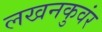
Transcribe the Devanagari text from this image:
लखनकुवंर